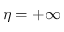
\eta = + \infty